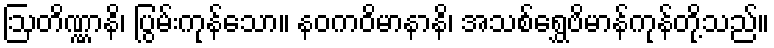
ဩတိဏ္ဏာနိ၊ ပြွမ်းကုန်သော။ နဝကဝိမာနာနိ၊ အသစ်ရွှေဗိမာန်ကုန်တို့သည်။